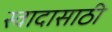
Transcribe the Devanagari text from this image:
स्वादासाठी